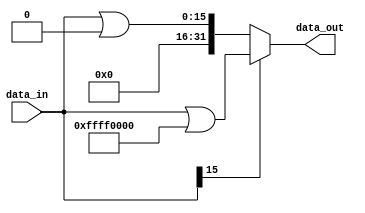
`timescale 1ns / 1ps
//////////////////////////////////////////////////////////////////////////////////
// Company: 
// Engineer: 
// 
// Design Name: 
// Module Name: Signext
// Project Name: 
// Target Devices: 
// Tool Versions: 
// Description: 
// 
// Dependencies: 
// 
// Revision:
// Revision 0.01 - File Created
// Additional Comments:
// 
//////////////////////////////////////////////////////////////////////////////////

module Signext(
    input [15:0] data_in,
    output reg[31:0] data_out
    );
    always @(data_in) begin
    if(data_in[15])
        data_out = data_in | 32'hffff0000;
    else
        data_out = data_in | 32'h00000000;
    end 
endmodule